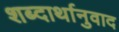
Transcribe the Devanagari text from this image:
शब्दार्थानुवाद